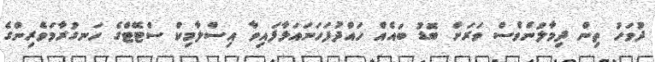
ދުވަހު ތިން ދިމާލުންވެސް ވަރަށް ބޮޑު ބައެއް ހައްދުފަހަނައަޅާފައިވާ އިސްލާމިކް ސްޓޭޓްގެ ހަނގުރާމަވެރިންގެ